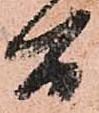
間